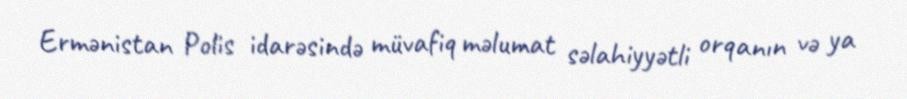
Ermənistan Polis idarəsində müvafiq məlumat səlahiyyətli orqanın və ya